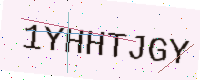
Text: 1YHHTJGY